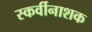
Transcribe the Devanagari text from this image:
स्कर्वीनाशक